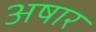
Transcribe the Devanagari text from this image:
अषार